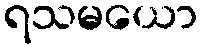
ရသမယော